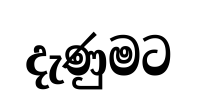
දැණුමට